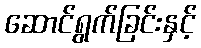
ဆောင်ရွက်ခြင်းနှင့်